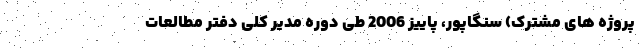
پروژه های مشترک) سنگاپور، پاییز 2006 طی دوره مدیر کلی دفتر مطالعات